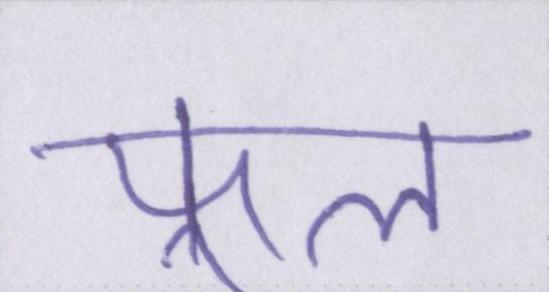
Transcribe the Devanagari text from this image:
फ़ूल